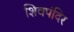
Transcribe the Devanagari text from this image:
शिवपंदिर